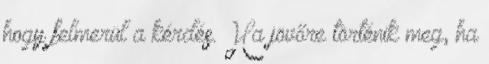
hogy felmerül a kérdés. Ha jövőre történik meg, ha